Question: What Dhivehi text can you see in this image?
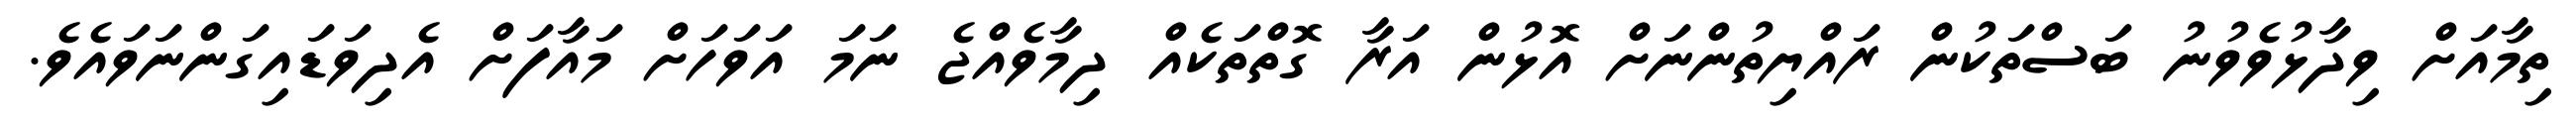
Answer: ތިމާއަށް ވިދާޅުވެވުނު ބަސްތަކުން ރައްޔިތުންނަށް އޮޅުން އަރާ ގޮތްތަކެއް ދިމާވެއްޖެ ނަމަ އަވަހަށް މައާފަށް އެދިވަޑައިގަންނަވައެވެ.